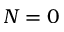
N = 0